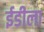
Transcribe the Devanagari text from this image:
ईडीला